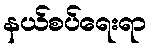
နယ်စပ်ရေးရာ